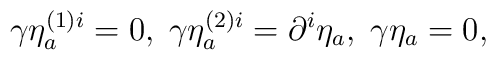
\gamma \eta _{a}^{\left( 1\right) i}=0,\;\gamma \eta _{a}^{\left( 2\right)i}=\partial ^{i}\eta _{a},\;\gamma \eta _{a}=0,